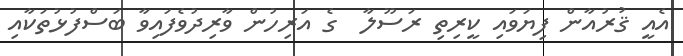
އެއީ ޤުރުއާން ފިޔަވައި ކީރިތި ރަސޫލާ  ގެ އަރިހުން ވާރިދުވެފައިވާ ބަސްފުޅުތަކާއި